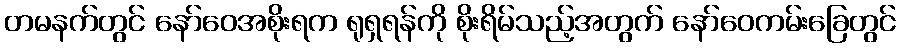
တမနက်တွင် နော်ဝေအစိုးရက ရုရှရန်ကို စိုးရိမ်သည့်အတွက် နော်ဝေကမ်းခြေတွင်